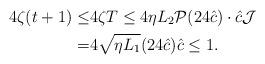
LaTeX: \begin{align*}4\zeta (t+1) \leq& 4\zeta T \leq 4\eta L_2 \mathcal P (24 \hat c)\cdot \hat c \mathcal J \\=&4\sqrt{\eta L_1}(24 \hat c )\hat c\le 1.\end{align*}